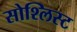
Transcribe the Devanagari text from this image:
सोश्लिस्ट